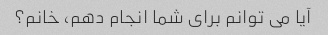
آیا می توانم برای شما انجام دهم، خانم؟